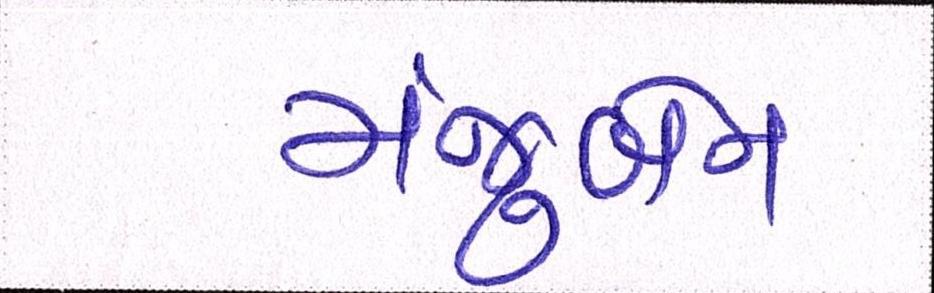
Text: મંજુબેન